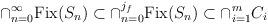
LaTeX: \begin{align*}\cap_{n=0}^{\infty}\mathrm{Fix}(S_{n})\subset\cap_{n=0}^{j_{f}}\mathrm{Fix}(S_{n})\subset\cap_{i=1}^{m}C_{i}\end{align*}